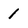
Character: 1